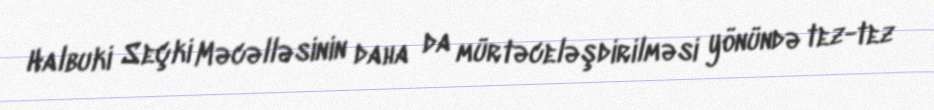
Halbuki Seçki Məcəlləsinin daha da mürtəceləşdirilməsi yönündə tez-tez